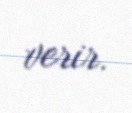
verir.